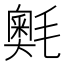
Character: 𭯣